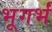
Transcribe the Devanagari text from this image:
भूगर्भं